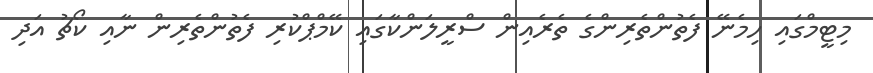
މިޓީމްގައި ހިމެނޭ ފެތުންތެރިންގެ ތެރެއިން ސްރީލަންކާގައި ކޭމްޕްކުރި ފެތުންތެރިން ނާއި ކޯޗު އަދި